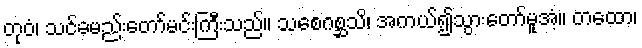
တုဝံ၊ သင်ခမည်းတော်မင်းကြီးသည်။ သစေဂစ္ဆသိ၊ အကယ်၍သွားတော်မူအံ့။ တထော၊